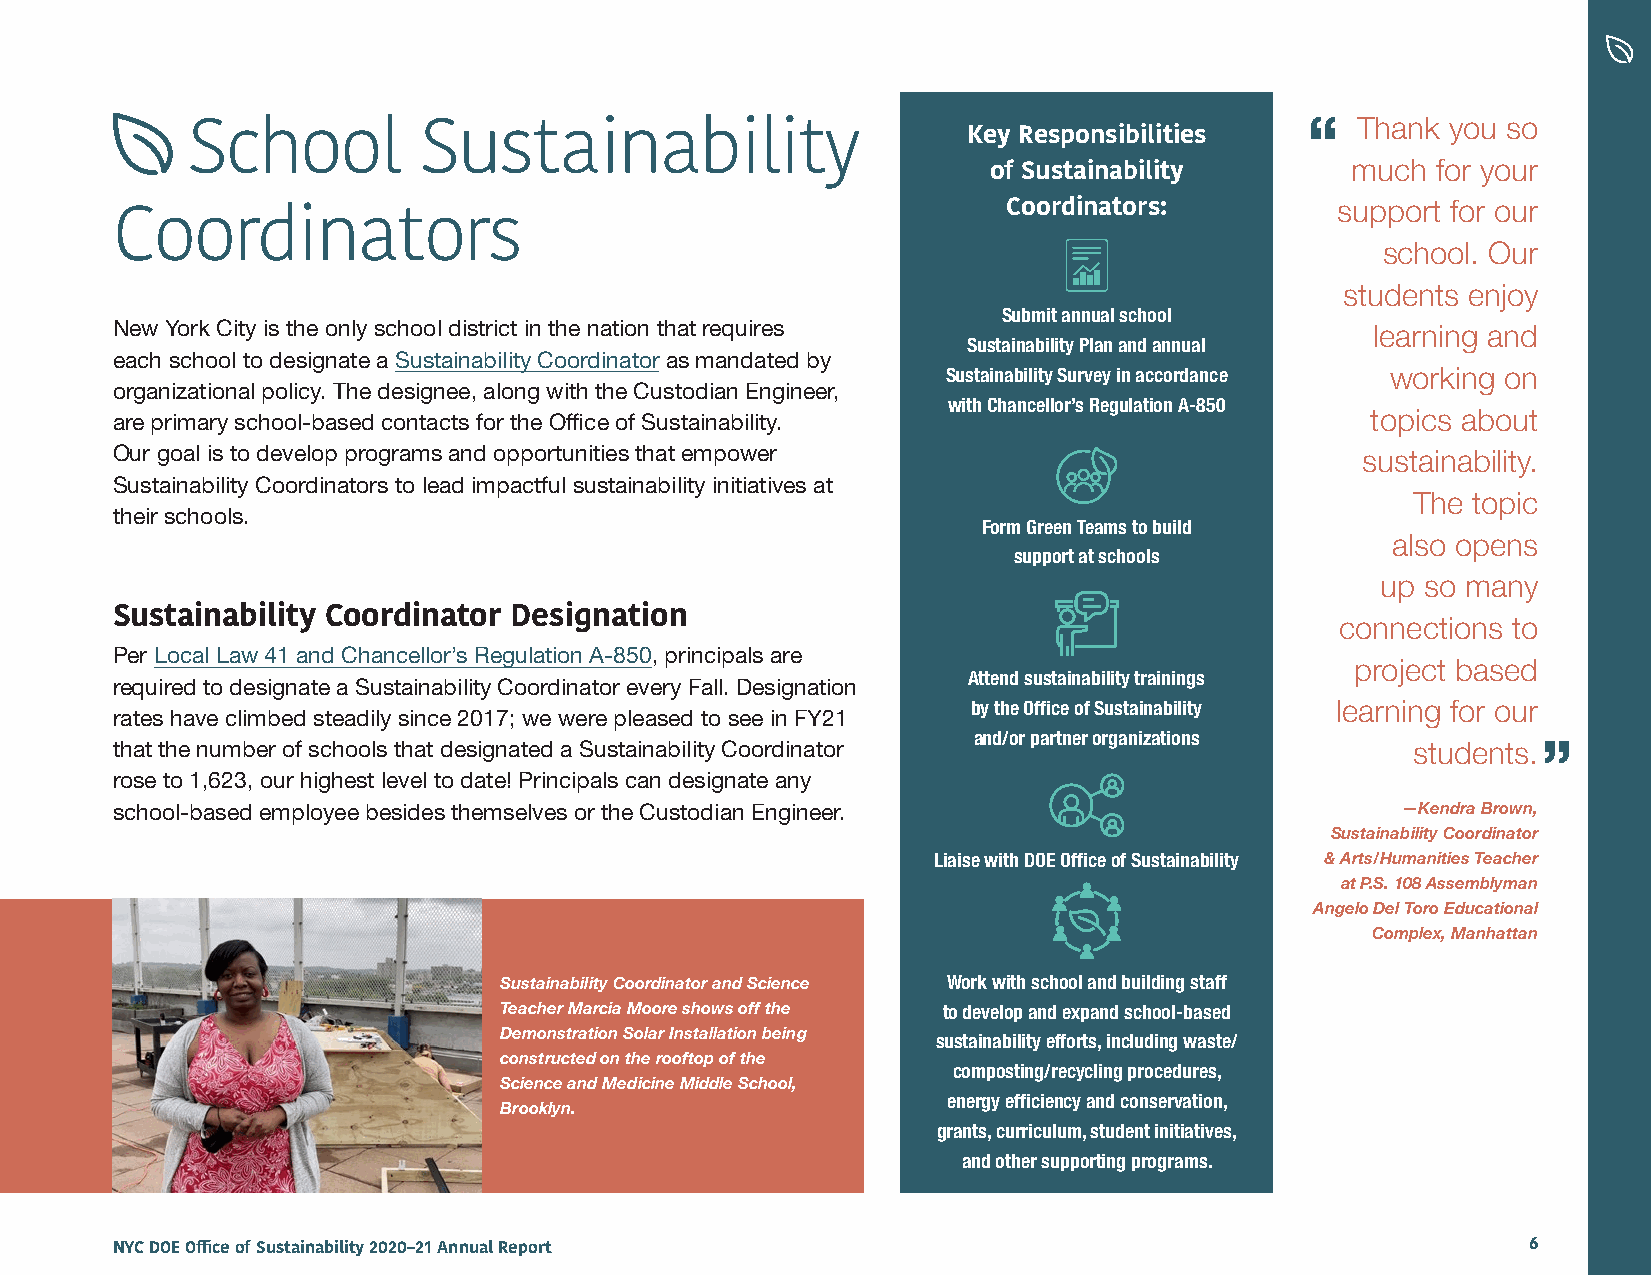
“   Thank you so
 School          Sustainability                      Key Responsibilities
 much  for your
 of Sustainability
 Coordinators:        support for our
 Coordinators
 school. Our
 students enjoy
 Submit annual school
 New York City is the only school district in the nation that requires               learning and
 Sustainability Plan and annual
 each school to designate a Sustainability Coordinator as mandated by
 Sustainability Survey in accordance working on
 organizational policy. The designee, along with the Custodian Engineer,
 with Chancellor’s Regulation A-850
 are primary school-based contacts for the Office of Sustainability.                 topics about
 Our goal is to develop programs and opportunities that empower                     sustainability.
 Sustainability Coordinators to lead impactful sustainability initiatives at
 The topic
 their schools.
 Form Green Teams to build
 also opens
 support at schools
 up so many
 Sustainability Coordinator Designation                                            connections to
 Per Local Law 41 and Chancellor’s Regulation A-850, principals are
 project based
 Attend sustainability trainings
 required to designate a Sustainability Coordinator every Fall. Designation
 by the Office of Sustainability learning for our
 rates have climbed steadily since 2017; we were pleased to see in FY21
 and/or partner organizations
 that the number of schools that designated a Sustainability Coordinator                students. ”
 rose to 1,623, our highest level to date! Principals can designate any
 school-based employee besides themselves or the Custodian Engineer.                   —Kendra Brown,
 Sustainability Coordinator
 Liaise with DOE Office of Sustainability & Arts/Humanities Teacher
 at P.S. 108 Assemblyman
 Angelo Del Toro Educational
 Complex, Manhattan
 Sustainability Coordinator and Science Work with school and building staff
 Teacher Marcia Moore shows off the to develop and expand school-based
 Demonstration Solar Installation being
 sustainability efforts, including waste/
 constructed on the rooftop of the
 composting/recycling procedures,
 Science and Medicine Middle School,
 energy efficiency and conservation,
 Brooklyn.
 grants, curriculum, student initiatives,
 and other supporting programs.
 NYC DOE Office of Sustainability 2020–21 Annual Report                                        6